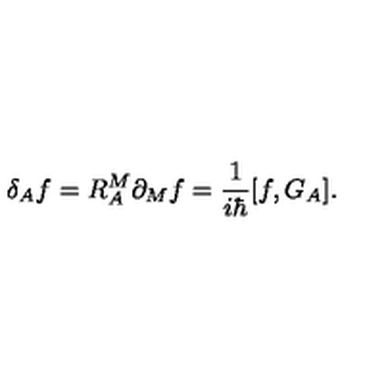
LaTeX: \delta _ { A } f = R _ { A } ^ { M } \partial _ { M } f = \frac { 1 } { i \hbar } [ f , G _ { A } ] .